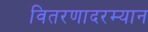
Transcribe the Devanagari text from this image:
वितरणादरम्यान